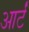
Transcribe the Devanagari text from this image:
आर्टं